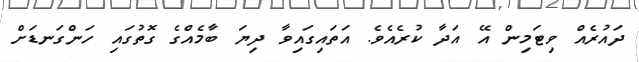
ދައުރެއް ވިޓަމިން އޭ އަދާ ކުރެއެވެ. އަތައިގައިވާ ދިޔަ ބާމެއްގެ ގޮތުގައި ހަންގަނޑަށް